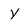
Character: y